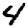
Digit: 4